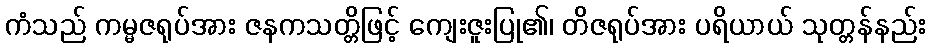
ကံသည် ကမ္မဇရုပ်အား ဇနကသတ္တိဖြင့် ကျေးဇူးပြု၏၊ တိဇရုပ်အား ပရိယာယ် သုတ္တန်နည်း